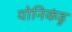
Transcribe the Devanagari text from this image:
योनिकंडु